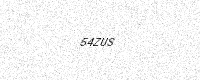
Text: 54ZUS